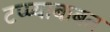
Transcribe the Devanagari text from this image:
टप्प्याबाबत